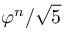
\varphi ^ { n } / { \sqrt { 5 } }